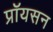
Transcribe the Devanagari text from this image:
प्रॉयसन